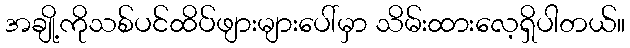
အချို့ကိုသစ်ပင်ထိပ်ဖျားများပေါ်မှာ သိမ်းထားလေ့ရှိပါတယ်။